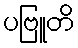
ပဗြူတိ